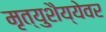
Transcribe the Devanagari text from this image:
मृत्युशैय्येवर